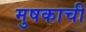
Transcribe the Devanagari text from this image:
मुषकाची